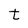
Character: t